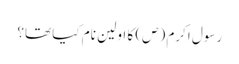
رسول اکرم (ص) کا اولین نام کیا تھا؟